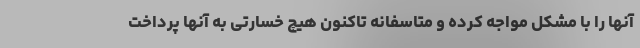
آنها را با مشکل مواجه کرده و متاسفانه تاکنون هیچ خسارتی به آنها پرداخت